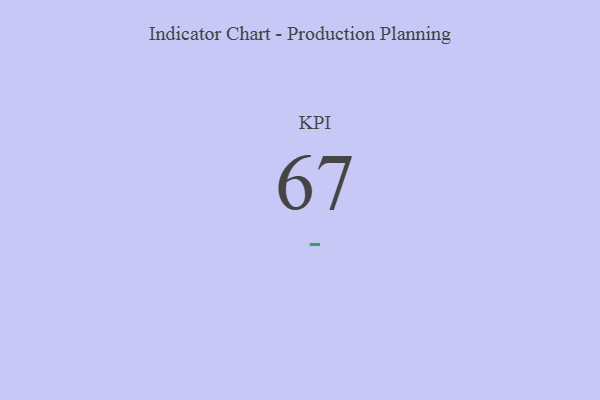
{"axis": {"x": "KPI", "y": "Value"}, "legend": [""], "data": [{"x": "KPI", "y": 67, "type": ""}]}